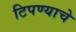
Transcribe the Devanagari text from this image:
टिपण्याचे